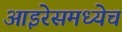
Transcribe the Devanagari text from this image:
आइरेसमध्येच